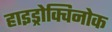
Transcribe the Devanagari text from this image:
हाइड्रोक्विनोक